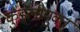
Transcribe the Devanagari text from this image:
कुंडलीयुक्त